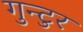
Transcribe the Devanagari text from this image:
गुन्टुर